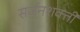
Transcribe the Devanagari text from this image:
सर्जनशक्ती